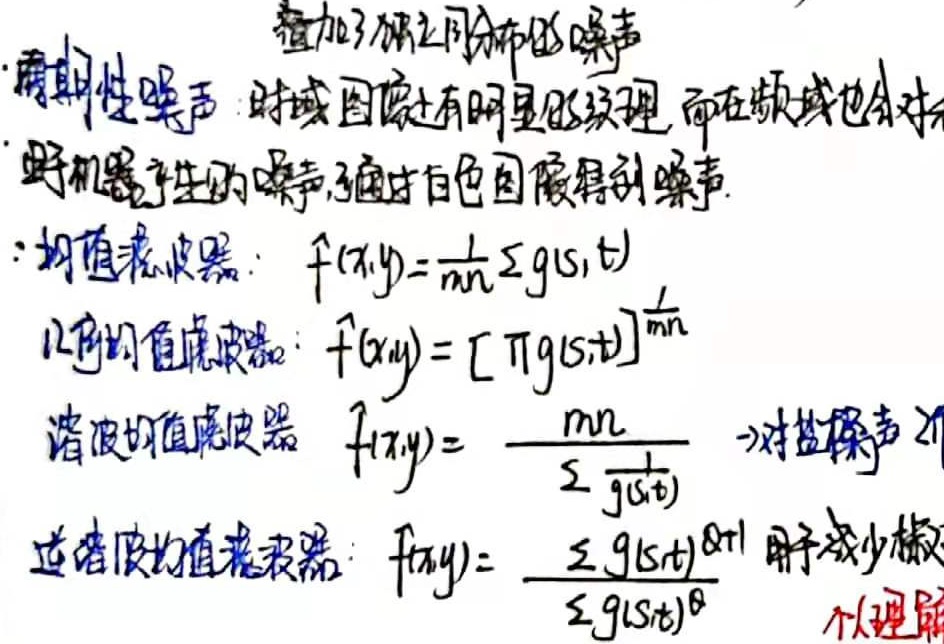
叠加了独立同分布的噪声。
- 周期性噪声：时域图像上有明显的纹理，而在频域也会对电子机器产生的噪声，通过白色图像得到噪声。
- 均值滤波器：\(f(x,y)=\frac{1}{mn}\sum g(s,t)\)
- 几何均值滤波器：\(f(x,y)=[\prod g(s,t)]^{\frac{1}{mn}}\)
- 谐波均值滤波器：\(f(x,y)=\frac{mn}{\sum \frac{1}{g(s,t)}}\) →对盐噪声作用
- 逆谐波均值滤波器：\(f(x,y)=\frac{\sum g(s,t)^{Q + 1}}{\sum g(s,t)^{Q}}\) 用于减少椒（个人理解）